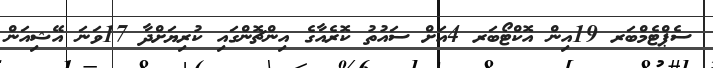
ސެޕްޓެމްބަރ 19އިން އޮކްޓޯބަރ 4އަށް ސައުތު ކޮރެއާގެ އިންޗޮންގައި ކުރިޔަށްދާ 17ވަނަ އޭޝިއަން